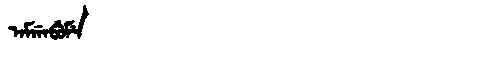
Manchu: ᠠᠮᡤᠠᠪᡠᠮᡝ
Romanization: AMGABUME